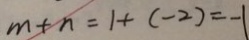
m + n = 1 + ( - 2 ) = - 1